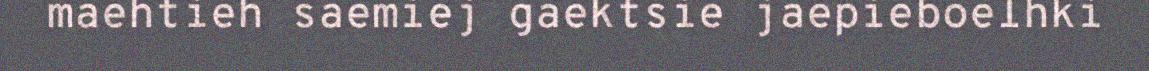
maehtieh saemiej gaektsie jaepieboelhki